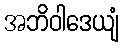
အဘိဝါဒေယျံ